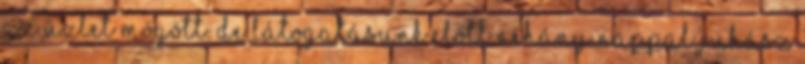
az üzlet mögött. De látogatásunk előtt néhány nappal Juhász